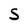
Character: S